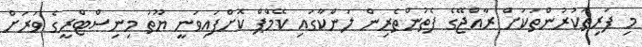
މި ފަރިތަކުރުންތަކަށް ރާއްޖޭގެ ފެތުންތެރިން ލަންކާގައި ކޭމްޕް ކޮށްފައިވަނީ ޔޫތު މިނިސްޓްރީގެ ވަރަށް